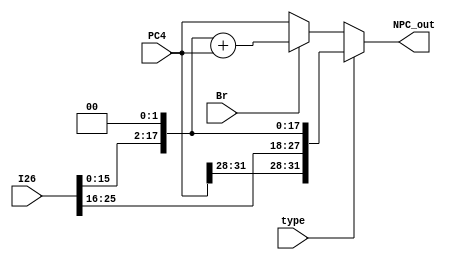
module NPC(type,Br,PC4,I26,NPC_out);
  input type;//0:b type 1:j type
  input Br;//1:branch 0:no branch
  input [31:0]PC4;//next pc
  input [25:0]I26;//b type only use I26[15:0]
  output [31:0]NPC_out;
  
  wire addr;
  
  assign NPC_out=(type==1)? {PC4[31:28],I26,2'b00}:
                  (Br==1)?{14'b0,I26[15:0],2'b00}+PC4:PC4;
endmodule